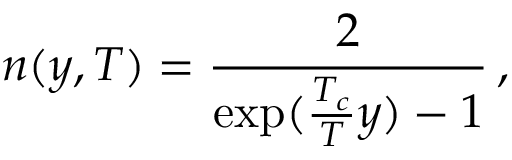
n ( y , T ) = \frac { 2 } { \exp ( \frac { T _ { c } } { T } y ) - 1 } \, ,